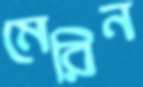
মেরিন